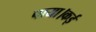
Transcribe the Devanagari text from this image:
पाया।कई